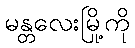
မန္တလေးမြို့ကို